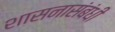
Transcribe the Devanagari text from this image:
शासनासंबंधी